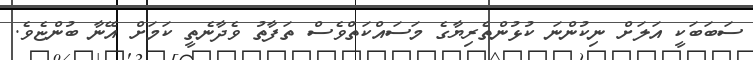
ސަބަބަކީ އަލަށް ނިކުންނަ ކުޅުންތެރިޔާގެ މަސައްކަތްވެސް ތަފާތު ވެދާނެތީ ކަމަށް އޭނާ ބުންޏެވެ.